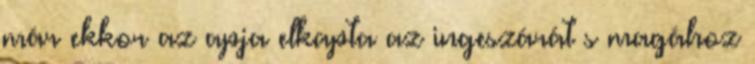
már ekkor az apja elkapta az ingeszárát s magához